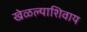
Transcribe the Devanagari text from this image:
खेळल्याशिवाय